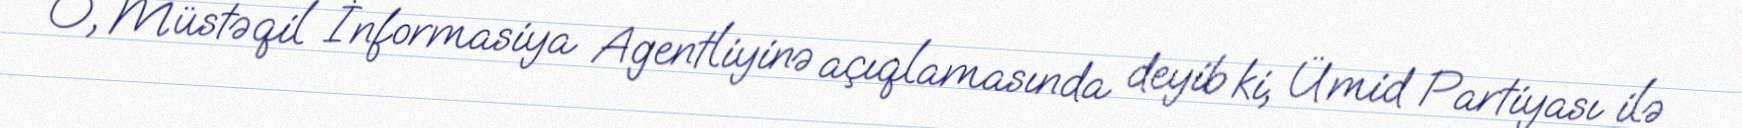
O, Müstəqil İnformasiya Agentliyinə açıqlamasında deyib ki, Ümid Partiyası ilə